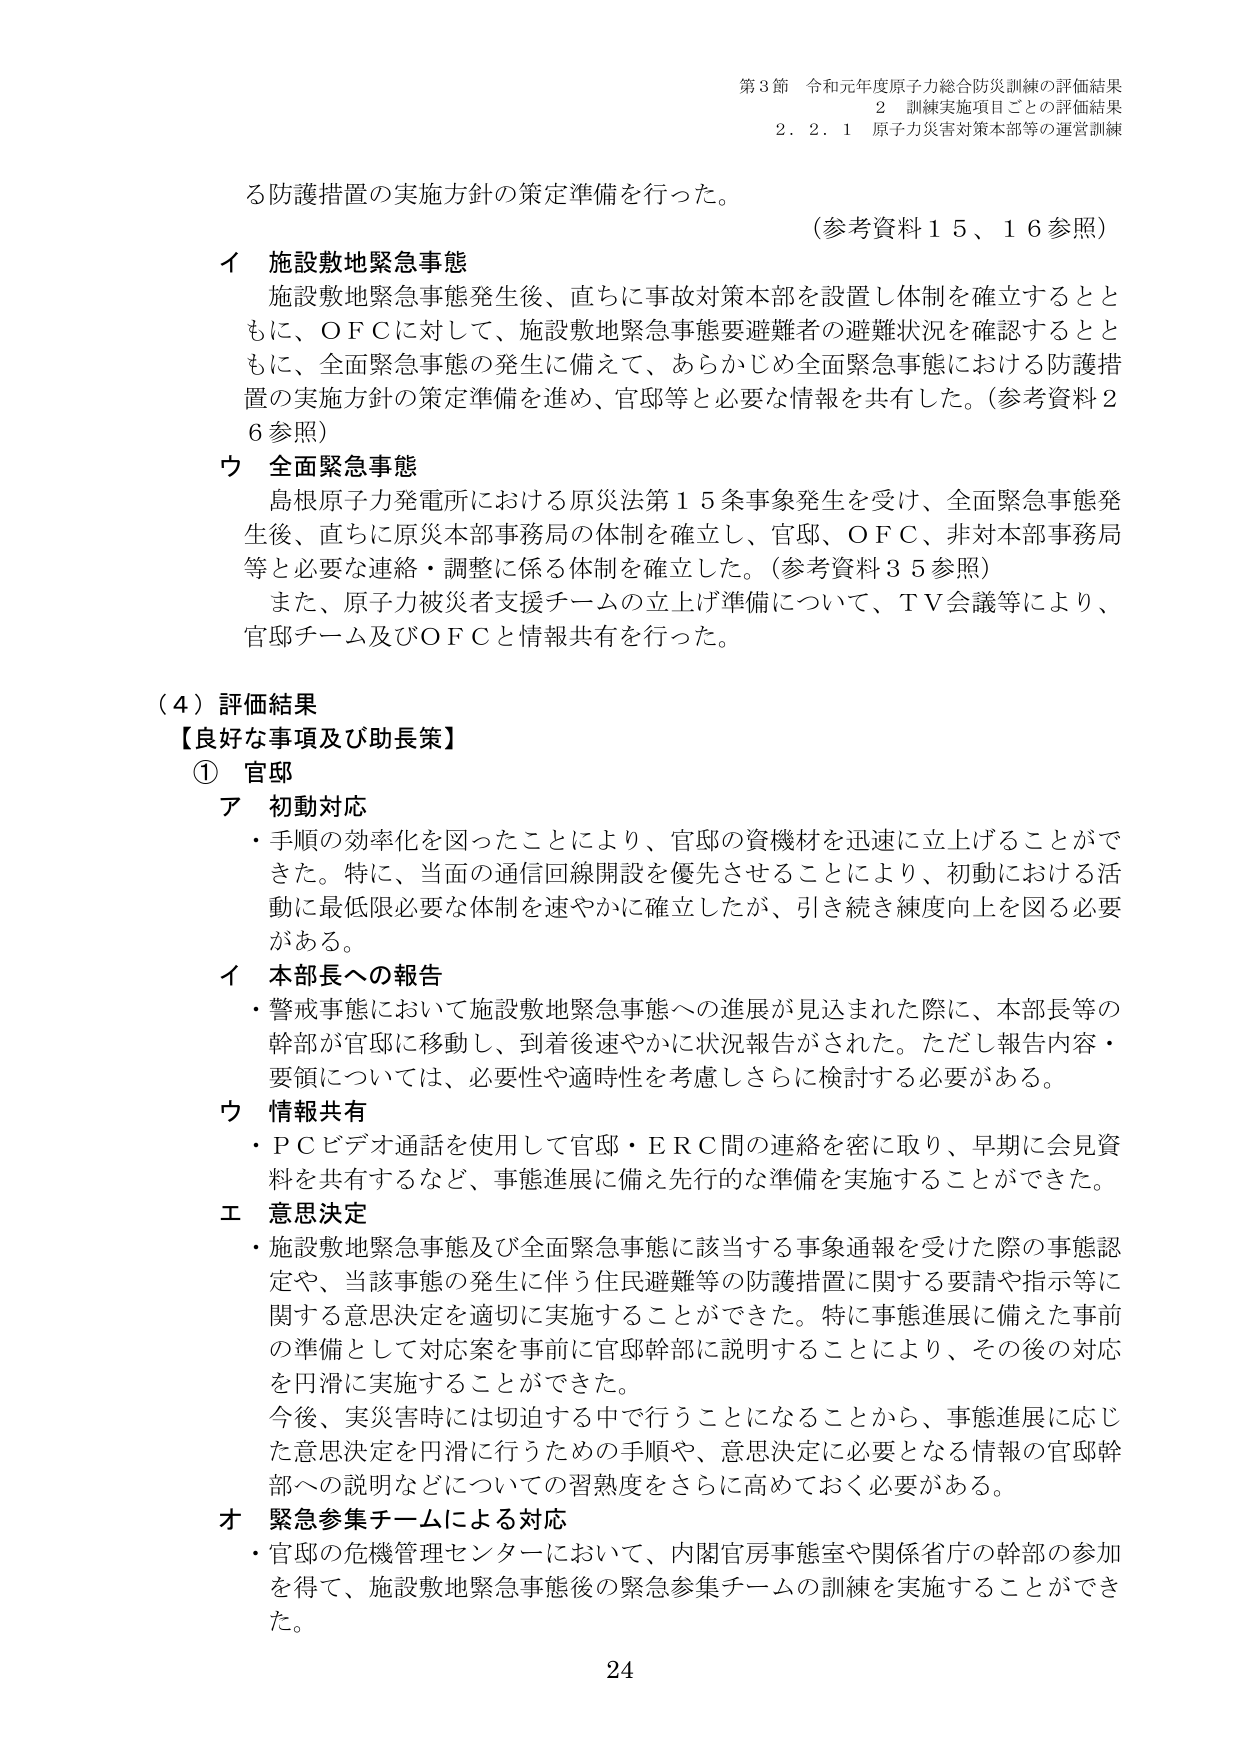
第3節 令和元年度原子力総合防災訓練の評価結果
2 訓練実施項目ごとの評価結果
2.2.1 原子力災害対策本部等の運営訓練

る防護措置の実施方針の策定準備を行った。
（参考資料15、16参照）

イ 施設敷地緊急事態
施設敷地緊急事態発生後、直ちに事故対策本部を設置し体制を確立するとともに、ＯＦＣに対して、施設敷地緊急事態要避難者の避難状況を確認するとともに、全面緊急事態の発生に備えて、あらかじめ全面緊急事態における防護措置の実施方針の策定準備を進め、官邸等と必要な情報を共有した。（参考資料26参照）

ウ 全面緊急事態
島根原子力発電所における原災法第15条事象発生を受け、全面緊急事態発生後、直ちに原災本部事務局の体制を確立し、官邸、ＯＦＣ、非対本部事務局等と必要な連絡・調整に係る体制を確立した。（参考資料35参照）
また、原子力被災者支援チームの立上げ準備について、ＴＶ会議等により、官邸チーム及びＯＦＣと情報共有を行った。

（4）評価結果
【良好な事項及び助長策】
① 官邸
ア 初動対応
・手順の効率化を図ったことにより、官邸の資機材を迅速に立上げることができた。特に、当面の通信回線開設を優先させることにより、初動における活動に最低限必要な体制を速やかに確立したが、引き続き練度向上を図る必要がある。

イ 本部長への報告
・警戒事態において施設敷地緊急事態への進展が見込まれた際に、本部長等の幹部が官邸に移動し、到着後速やかに状況報告がされた。ただし報告内容・要領については、必要性や適時性を考慮しさらに検討する必要がある。

ウ 情報共有
・ＰＣビデオ通話を使用して官邸・ＥＲＣ間の連絡を密に取り、早期に会見資料を共有するなど、事態進展に備え先行的な準備を実施することができた。

エ 意思決定
・施設敷地緊急事態及び全面緊急事態に該当する事象通報を受けた際の事態認定や、当該事態の発生に伴う住民避難等の防護措置に関する要請や指示等に関する意思決定を適切に実施することができた。特に事態進展に備えた事前の準備として対応案を事前に官邸幹部に説明することにより、その後の対応を円滑に実施することができた。
今後、実災害時には切迫する中で行うことになることから、事態進展に応じた意思決定を円滑に行うための手順や、意思決定に必要となる情報の官邸幹部への説明などについての習熟度をさらに高めておく必要がある。

オ 緊急参集チームによる対応
・官邸の危機管理センターにおいて、内閣官房事態室や関係省庁の幹部の参加を得て、施設敷地緊急事態後の緊急参集チームの訓練を実施することができた。

24